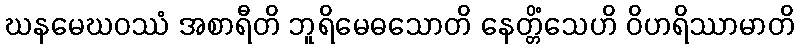
ဃနမေဃဝဿံ အစာရီတိ ဘူရိမေဓသောတိ နေတ္တိံသေဟိ ဝိဟရိဿာမာတိ